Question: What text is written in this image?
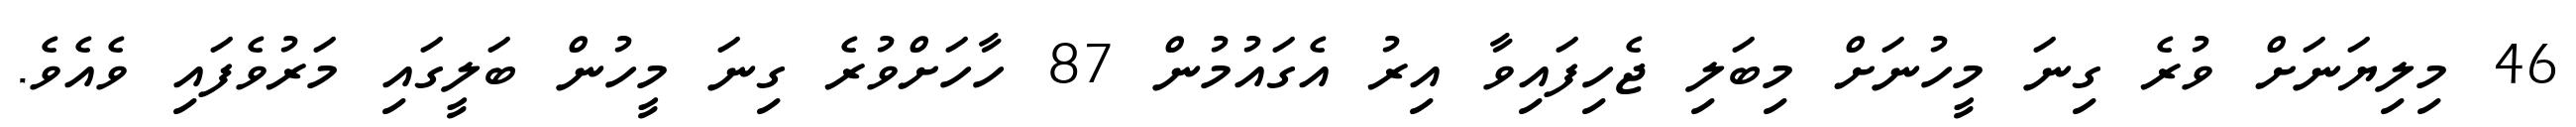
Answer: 46 މިލިޔަނަށް ވުރެ ގިނަ މީހުނަށް މިބަލި ޖެހިފައިވާ އިރު އެގައުމުން 87 ހާހަށްވުރެ ގިނަ މީހުން ބަލީގައި މަރުވެފައި ވެއެވެ.